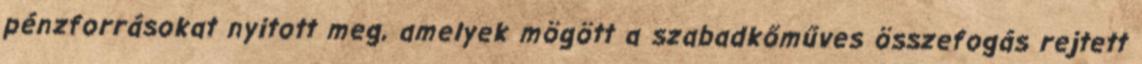
pénzforrásokat nyitott meg, amelyek mögött a szabadkőműves összefogás rejtett